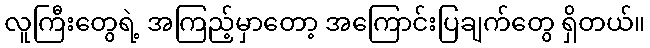
လူကြီးတွေရဲ့ အကြည့်မှာတော့ အကြောင်းပြချက်တွေ ရှိတယ်။